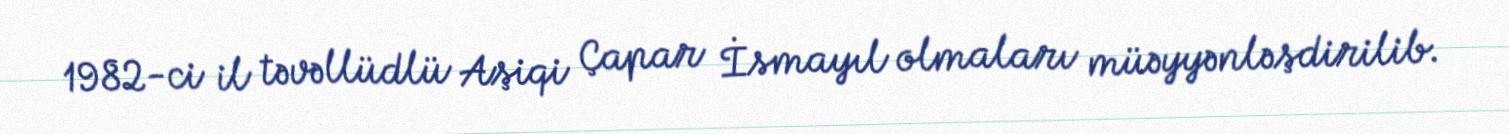
1982-ci il təvəllüdlü Aşiqi Çapar İsmayıl olmaları müəyyənləşdirilib.